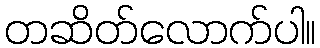
တဆိတ်လောက်ပါ။